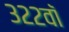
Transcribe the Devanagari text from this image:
३२२वॉ